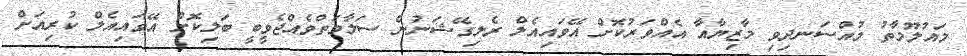
މައުލޫމާތު މުއްސަނދިވި މާޒިޔާއާ އެއްވަރުކޮށް އޭވައިއެލް ރެލިގޭޝަނުން ސަލާމަތްވެއްޖެވީބީ ބަލިކޮށް އޭވައިއެލް ކުރިއަށް